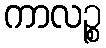
ကာလဉ္စ